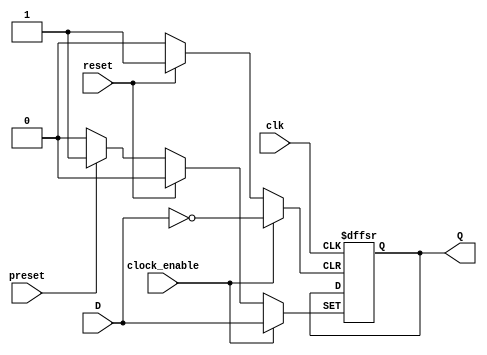
module d_ff_posedge (
    input wire D,
    input wire clk,
    input wire reset,
    input wire preset,
    input wire clock_enable,
    output reg Q
);

always @ (posedge clk or posedge reset or posedge preset or posedge clock_enable)
begin
    if (reset)
        Q <= 1'b0;
    else if (preset)
        Q <= 1'b1;
    else if (clock_enable)
        Q <= D;
end

endmodule